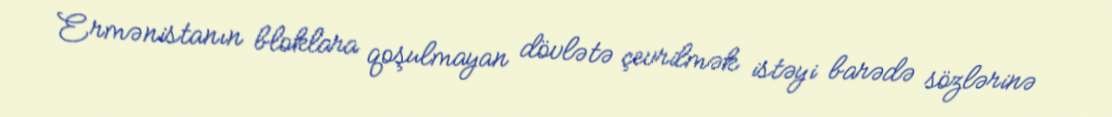
Ermənistanın bloklara qoşulmayan dövlətə çevrilmək istəyi barədə sözlərinə